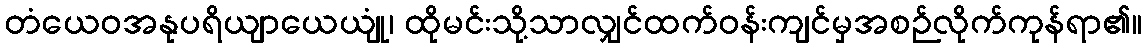
တံယေဝအနုပရိယျာယေယျုံ၊ ထိုမင်းသို့သာလျှင်ထက်ဝန်းကျင်မှအစဉ်လိုက်ကုန်ရာ၏။